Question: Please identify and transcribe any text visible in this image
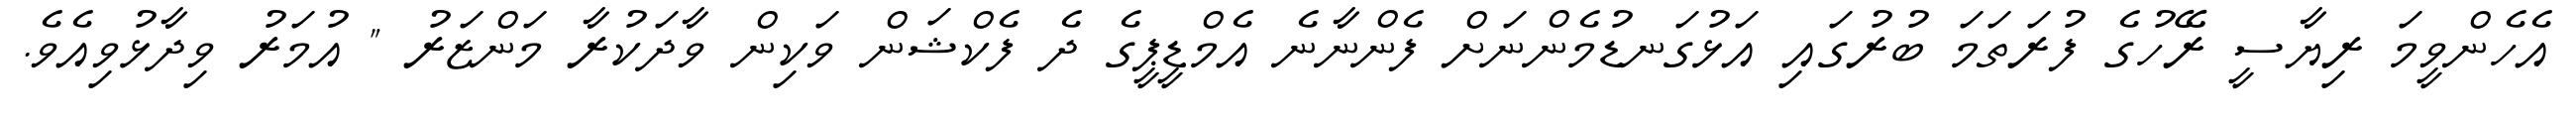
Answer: އެހެންވީމަ ރިޔާސީ ރޭހުގެ ފުރަތަމަ ބުރުގައި އަޅުގަނޑުމެންނަށް ފެންނާނެ އެމްޑީޕީގެ ދެ ފެކްޝަން ވަކިން ވާދަކުރާ މަންޒަރު " އުމަރު ވިދާޅުވިއެވެ.